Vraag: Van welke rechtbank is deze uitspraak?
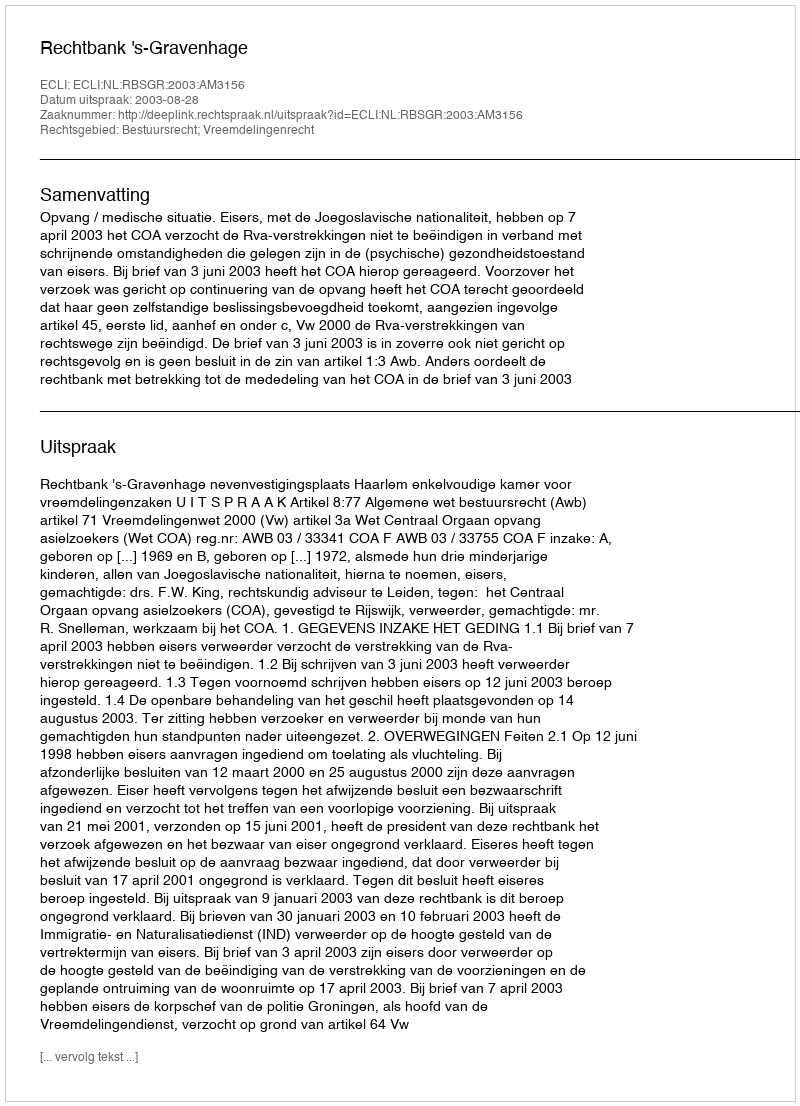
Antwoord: Rechtbank 's-Gravenhage